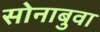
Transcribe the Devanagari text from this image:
सोनाबुवा